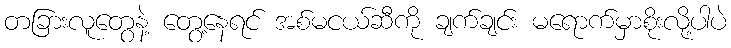
တခြားလူတွေနဲ့ တွေ့နေရင် အစ်မငယ်ဆီကို ချက်ချင်း မရောက်မှာစိုးလို့ပါပဲ